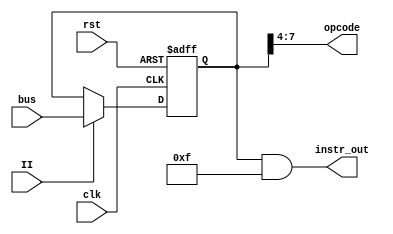
module InstructionReg(
	// System Inputs
	input clk,
	input rst,
	// Control Signals
	input II,
	// Values In/Out
	input [7:0] bus,
	output [3:0] opcode,
	output [7:0] instr_out
	);
	
	reg [7:0] instr;
	
	initial begin instr = 0; end
	
	
	always @(posedge clk or posedge rst) 
		begin	
			if (rst)
				instr <= 0;
			else if (II)
				instr <= bus;
		end
		
		assign instr_out = (instr & 8'h0F);
		
		assign opcode = instr[7:4];
	
			
endmodule